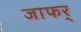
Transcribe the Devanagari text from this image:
जाफर्